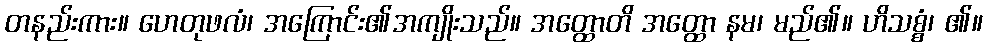
တနည်းကား။ ဟေတုဖလံ၊ အကြောင်း၏အကျိုးသည်။ အတ္ထောတိ အတ္ထော နမ၊ မည်၏။ ဟိသစ္စံ၊ ၏။